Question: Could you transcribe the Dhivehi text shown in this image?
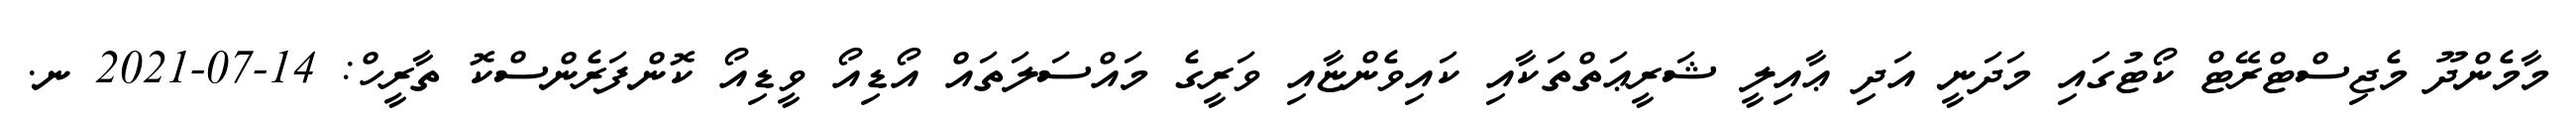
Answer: މާމެންދޫ މެޖިސްޓްރޭޓް ކޯޓުގައި މަދަނީ އަދި ޢާއިލީ ޝަރީޢަތްތަކާއި ކައިވެންޏާއި ވަރީގެ މައްސަލަތައް އޯޑިއޯ ވީޑިއޯ ކޮންފަރެންސްކޮ ތާރީހް: 14-07-2021 ނ.